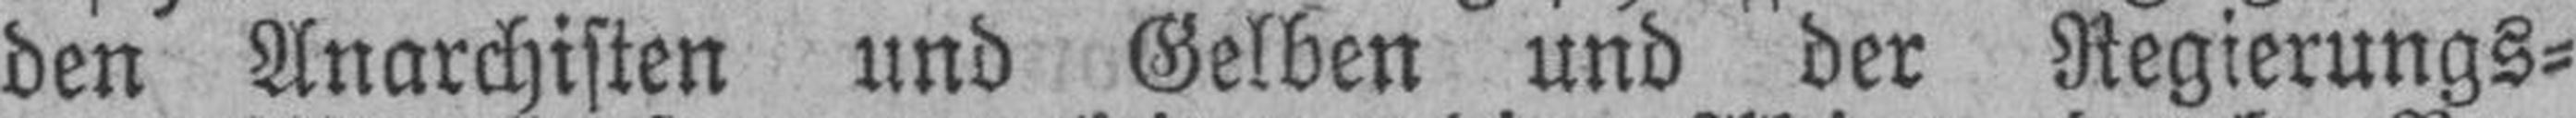
den Anarchisten und Gelben und der Regierungs¬